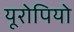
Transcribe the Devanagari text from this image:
यूरोपियो